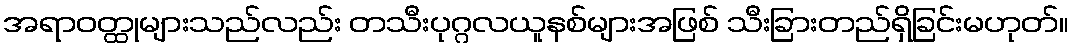
အရာဝတ္ထုများသည်လည်း တသီးပုဂ္ဂလယူနစ်များအဖြစ် သီးခြားတည်ရှိခြင်းမဟုတ်။